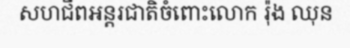
សហជីពអន្តរជាតិចំពោះលោក រ៉ុង ឈុន